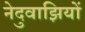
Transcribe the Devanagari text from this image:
नेदुवाझियों